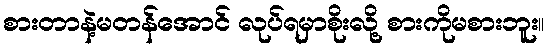
စားတာနဲ့မတန်အောင် လုပ်ရမှာစိုးလို့ စားကိုမစားဘူး။